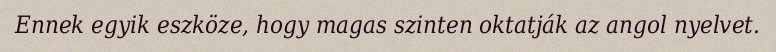
Ennek egyik eszköze, hogy magas szinten oktatják az angol nyelvet.